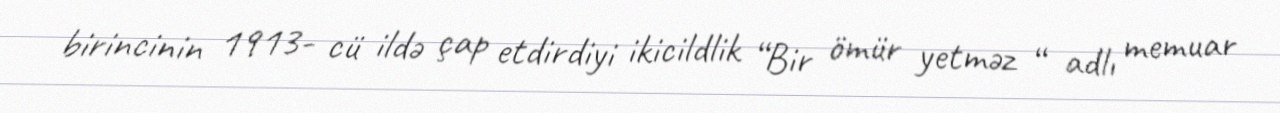
birincinin 1913- cü ildə çap etdirdiyi ikicildlik “Bir ömür yetməz “ adlı memuar